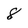
Character: 8